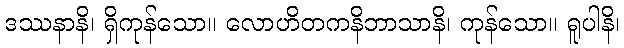
ဒဿနာနိ၊ ရှိကုန်သော။ လောဟိတကနိဘာသာနိ၊ ကုန်သော။ ရူပါနိ၊